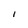
Character: 1